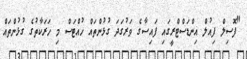
"ފޮސިލް ފިއުލް އިންޑަސްޓްރީގައި ފައިސާގެ ވަރުގަދަ ގުޅުންތައް ހުއްޓަސް މި ހަރަކާތުގެ ގުޅުންތައް